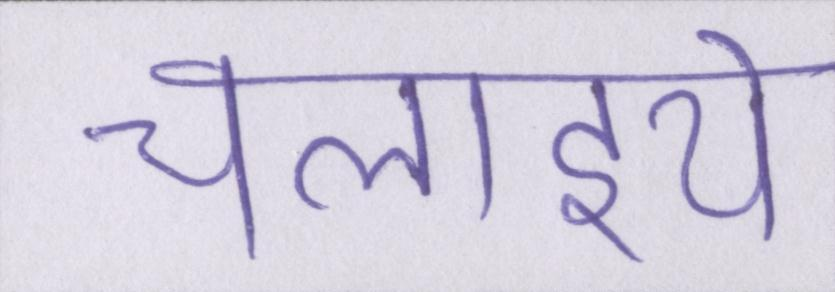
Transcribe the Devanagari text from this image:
चलाइये